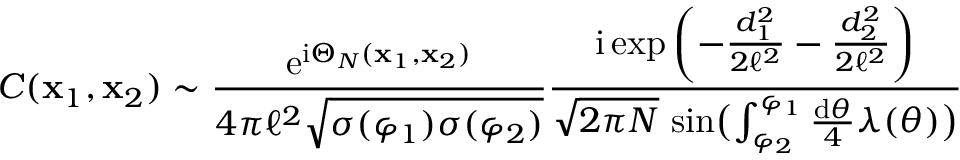
C ( \textbf x _ { 1 } , \textbf x _ { 2 } ) \sim \frac { \mathrm { e } ^ { \mathrm { i } \Theta _ { N } ( \textbf x _ { 1 } , \textbf x _ { 2 } ) } } { 4 \pi \ell ^ { 2 } \sqrt { \sigma ( \varphi _ { 1 } ) \sigma ( \varphi _ { 2 } ) } } \frac { \mathrm { i } \exp \left( - \frac { d _ { 1 } ^ { 2 } } { 2 \ell ^ { 2 } } - \frac { d _ { 2 } ^ { 2 } } { 2 \ell ^ { 2 } } \right) } { \sqrt { 2 \pi N } \, \sin \bigl ( \int _ { \varphi _ { 2 } } ^ { \varphi _ { 1 } } \frac { \mathrm { d } \theta } { 4 } \lambda ( \theta ) \bigr ) }